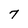
Character: 7